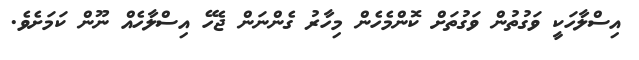
އިސްލާހަކީ ވަގުތުން ވަގުތަށް ކޮންމެހެން މިހާރު ގެންނަން ޖެހޭ އިސްލާހެއް ނޫން ކަމަށެވެ.